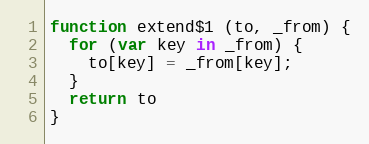
Language: JavaScript
function extend$1 (to, _from) {
  for (var key in _from) {
    to[key] = _from[key];
  }
  return to
}